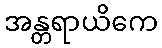
အန္တရာယိကေ